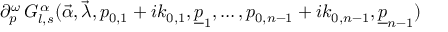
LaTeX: \partial _ { p } ^ { \omega } \, G _ { l , s } ^ { \, \alpha } ( \vec { \alpha } , \vec { \lambda } , p _ { 0 , 1 } + i k _ { 0 , 1 } , \underline { { { p } } } _ { 1 } , \ldots , p _ { 0 , n - 1 } + i k _ { 0 , n - 1 } , \underline { { { p } } } _ { n - 1 } )